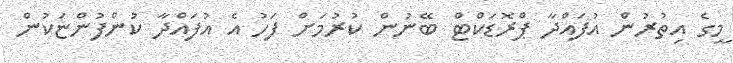
މީގެ އިތުރުން އުފައްދާ ޕްރޮޑަކްޓް ބޭނުން ކުރުމަށް ފަހު އެ އުފައްދާ ކުންފުންޏަކުން